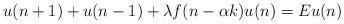
LaTeX: \begin{align*} u(n+1)+u(n-1)+\lambda f(n-\alpha k) u(n)=Eu(n)\end{align*}